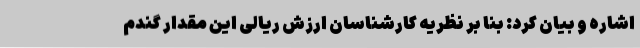
اشاره و بیان کرد: بنا بر نظریه کارشناسان ارزش ریالی این مقدار گندم